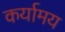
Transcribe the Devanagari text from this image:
कर्यामय